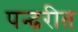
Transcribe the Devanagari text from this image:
पन्ढरीत